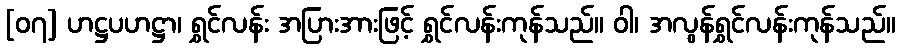
[၀၇] ဟဋ္ဌပဟဋ္ဌာ၊ ရွှင်လန်း အပြားအားဖြင့် ရွှင်လန်းကုန်သည်။ ဝါ၊ အလွန်ရွှင်လန်းကုန်သည်။